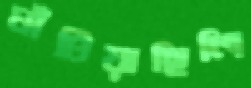
ঘাঁটিয়াছিলি